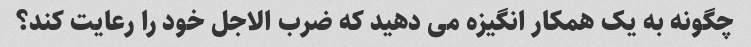
چگونه به یک همکار انگیزه می دهید که ضرب الاجل خود را رعایت کند؟